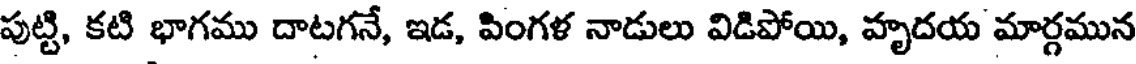
పుట్టి, కటి భాగము దాటగనే, ఇడ, పింగళ నాడులు విడిపోయి, హృదయ మార్గమున